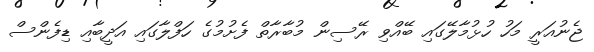
ޖެނުއަރީ މަހު ހުޅުމާލޭގައި ބޭއްވި ރޭސިން މުބާރާތް ފެށުމުގެ ހަފްލާގައި އަދީބާއި ޑިފެންސް